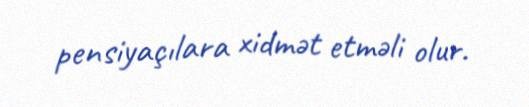
pensiyaçılara xidmət etməli olur.